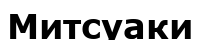
Митсуаки